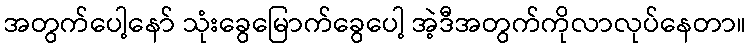
အတွက်ပေါ့နော် သုံးခွေမြောက်ခွေပေါ့ အဲ့ဒီအတွက်ကိုလာလုပ်နေတာ။